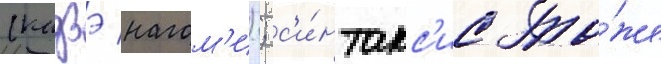
(кадзэ нагом'и); с'и́нтакс'ис то́же